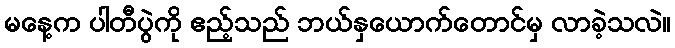
မနေ့က ပါတီပွဲကို ဧည့်သည် ဘယ်နှယောက်တောင်မှ လာခဲ့သလဲ။